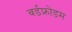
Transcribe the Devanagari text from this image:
बर्डफ्राेेडम